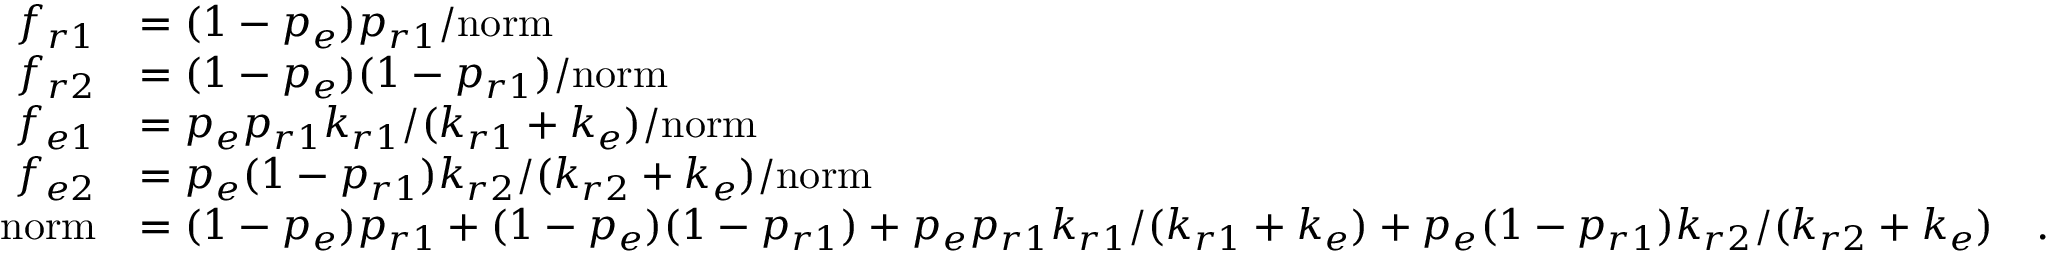
\begin{array} { r l } { f _ { r 1 } } & { = ( 1 - p _ { e } ) p _ { r 1 } / \mathrm { n o r m } } \\ { f _ { r 2 } } & { = ( 1 - p _ { e } ) ( 1 - p _ { r 1 } ) / \mathrm { n o r m } } \\ { f _ { e 1 } } & { = p _ { e } p _ { r 1 } k _ { r 1 } / ( k _ { r 1 } + k _ { e } ) / \mathrm { n o r m } } \\ { f _ { e 2 } } & { = p _ { e } ( 1 - p _ { r 1 } ) k _ { r 2 } / ( k _ { r 2 } + k _ { e } ) / \mathrm { n o r m } } \\ { \mathrm { n o r m } } & { = ( 1 - p _ { e } ) p _ { r 1 } + ( 1 - p _ { e } ) ( 1 - p _ { r 1 } ) + p _ { e } p _ { r 1 } k _ { r 1 } / ( k _ { r 1 } + k _ { e } ) + p _ { e } ( 1 - p _ { r 1 } ) k _ { r 2 } / ( k _ { r 2 } + k _ { e } ) \quad . } \end{array}